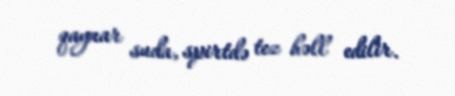
qaynar suda, spirtdə tez həll edilir.